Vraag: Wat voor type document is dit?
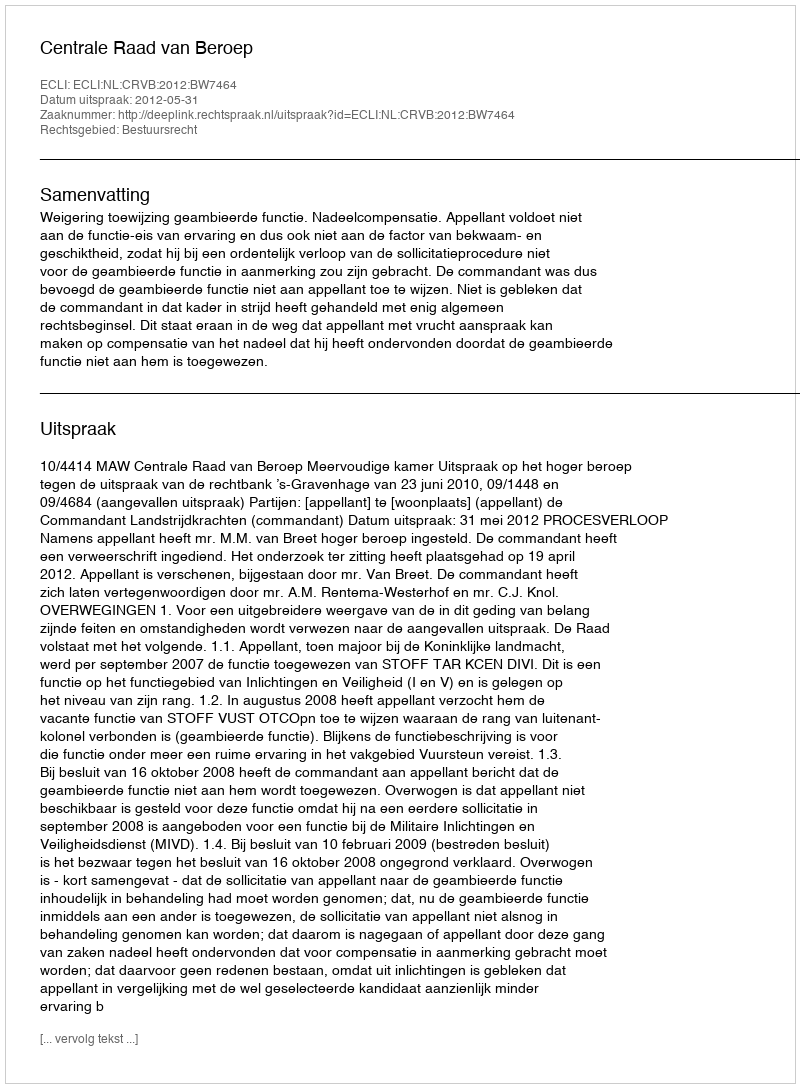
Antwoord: Uitspraak